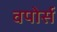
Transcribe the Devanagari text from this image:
वपोर्स